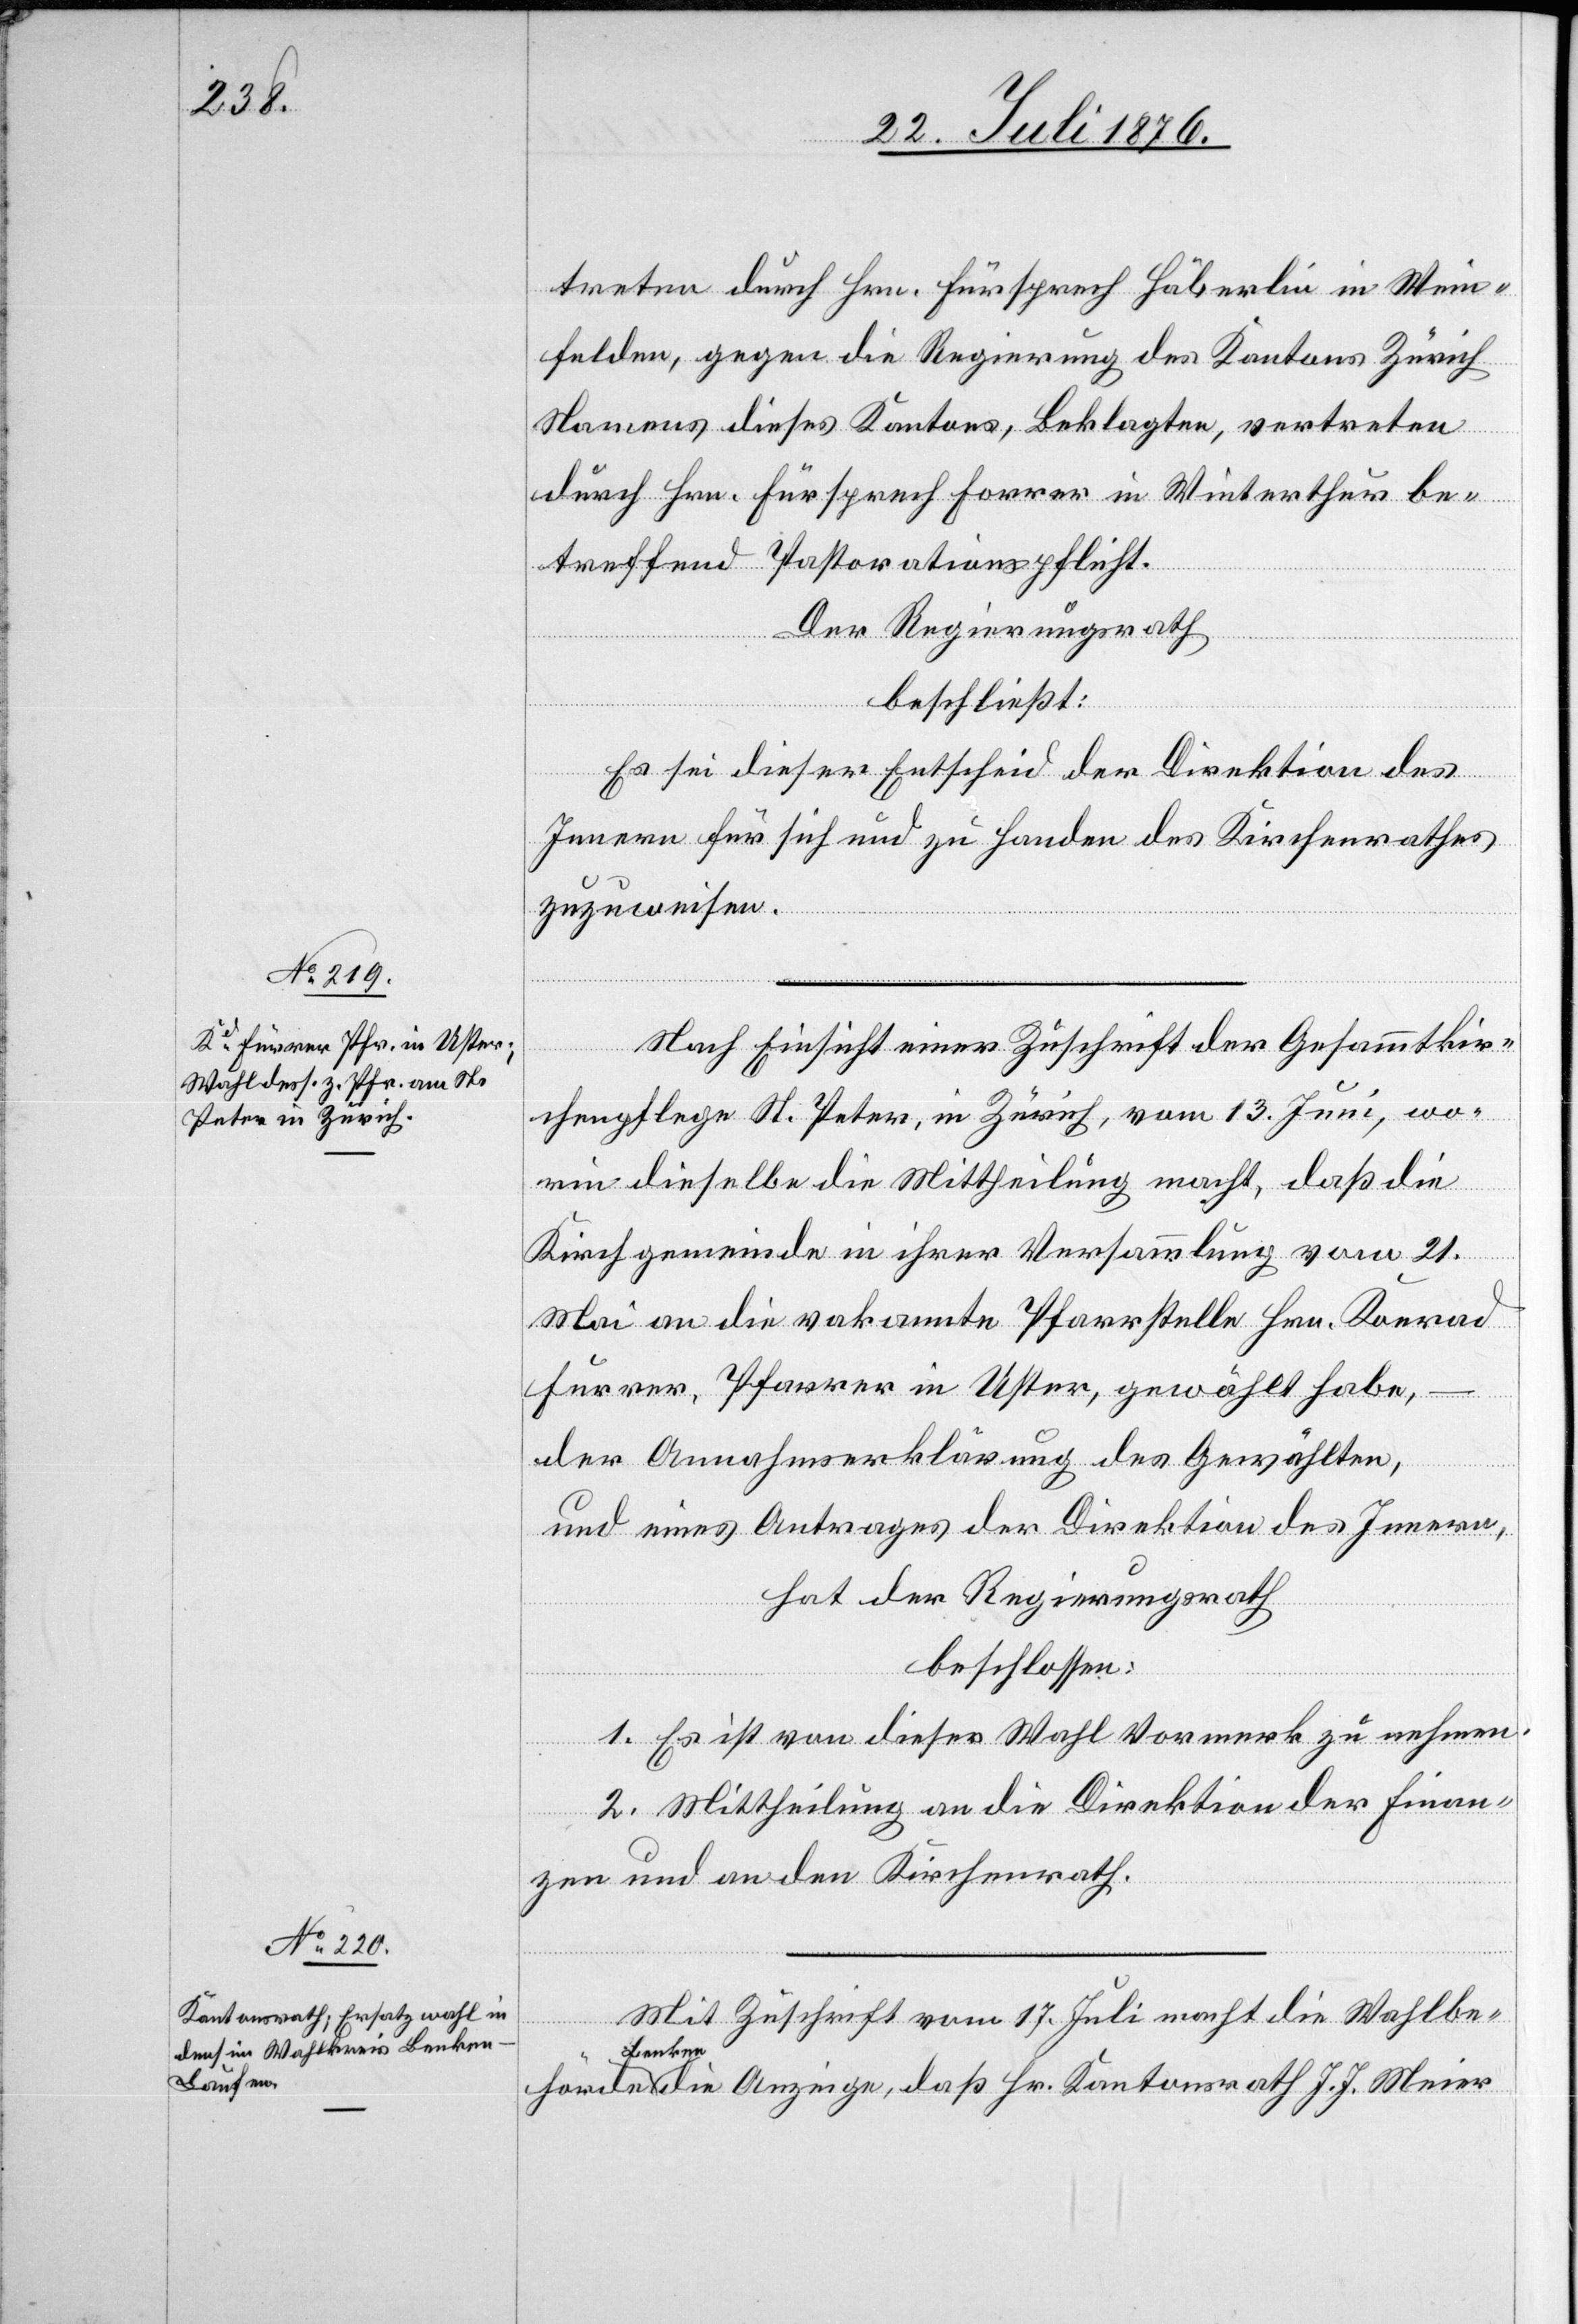
treten durch Hrn. Fürsprech Häberlin in Wein¬
felden, gegen die Regierung des Kantons Zürich
Namens dieses Kantons, Beklagte, vertreten
durch Hrn. Fürsprech Forrer in Winterthur be¬
treffend Pastorationspflicht.
Der Regierungsrath,
beschließt:
Es sei dieser Entscheid der Direktion des
Innern für sich und zu Handen des Kirchenrathes
zuzuweisen.
Nach Einsicht einer Zuschrift der Gesammtkir¬
chenpflege St. Peter, in Zürich, vom 13. Juni, wo¬
rin dieselbe die Mitteheilung macht, daß die
Kirchgemeinde in ihrer Versammlung vom 21.
Mai an die vakannte [sic!] Pfarrstelle Hrn. Konrad
Furrer, Pfarrer in Uster, gewählt habe,
der Annahmserklärung des Gewählten,
und eines Antrages der Direktion des Innern,
hat der Regierungsrath
beschlossen:
1. Es ist von dieser Wahl Vormerk zu nehmen.
2. Mittheilung an die Direktion der Finan¬
zen und an den Kirchenrath.
Mit Zuschrift vom 17. Juli macht die Wahlbe¬
hörde
Benken
die Anzeige, daß Hr. Kantonsrath J. J. Meier